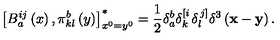
\left[ B _ { a } ^ { i j } \left( x \right) , \pi _ { k l } ^ { b } \left( y \right) \right] _ { x ^ { 0 } = y ^ { 0 } } ^ { * } = \frac 1 2 \delta _ { a } ^ { b } \delta _ { k } ^ { \left[ i \right. } \delta _ { l } ^ { \left. j \right] } \delta ^ { 3 } \left( { \bf x } - { \bf y } \right) .